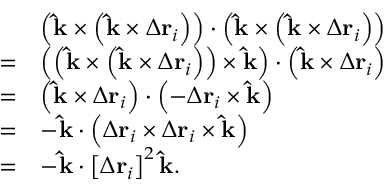
{ \begin{array} { r l } & { \left( \mathbf { \hat { k } } \times \left( \mathbf { \hat { k } } \times \Delta \mathbf { r } _ { i } \right) \right) \cdot \left( \mathbf { \hat { k } } \times \left( \mathbf { \hat { k } } \times \Delta \mathbf { r } _ { i } \right) \right) } \\ { = } & { \left( \left( \mathbf { \hat { k } } \times \left( \mathbf { \hat { k } } \times \Delta \mathbf { r } _ { i } \right) \right) \times \mathbf { \hat { k } } \right) \cdot \left( \mathbf { \hat { k } } \times \Delta \mathbf { r } _ { i } \right) } \\ { = } & { \left( \mathbf { \hat { k } } \times \Delta \mathbf { r } _ { i } \right) \cdot \left( - \Delta \mathbf { r } _ { i } \times \mathbf { \hat { k } } \right) } \\ { = } & { - \mathbf { \hat { k } } \cdot \left( \Delta \mathbf { r } _ { i } \times \Delta \mathbf { r } _ { i } \times \mathbf { \hat { k } } \right) } \\ { = } & { - \mathbf { \hat { k } } \cdot \left[ \Delta \mathbf { r } _ { i } \right] ^ { 2 } \mathbf { \hat { k } } . } \end{array} }